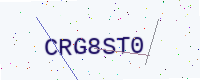
Text: CRG8ST0